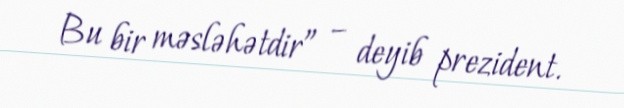
Bu bir məsləhətdir” – deyib prezident.